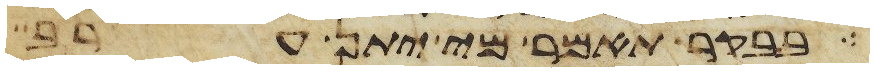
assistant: בבקר תאמר מי יתן ערב